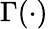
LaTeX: \Gamma(\cdot)